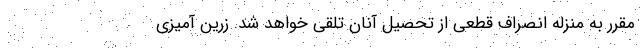
مقرر به منزله انصراف قطعی از تحصیل آنان تلقی خواهد شد. زرین آمیزی